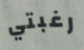
رغبتي